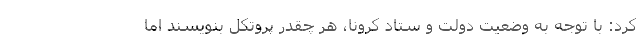
کرد: با توجه به وضعیت دولت و ستاد کرونا، هر چقدر پروتکل بنویسند اما